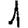
Digit: 1